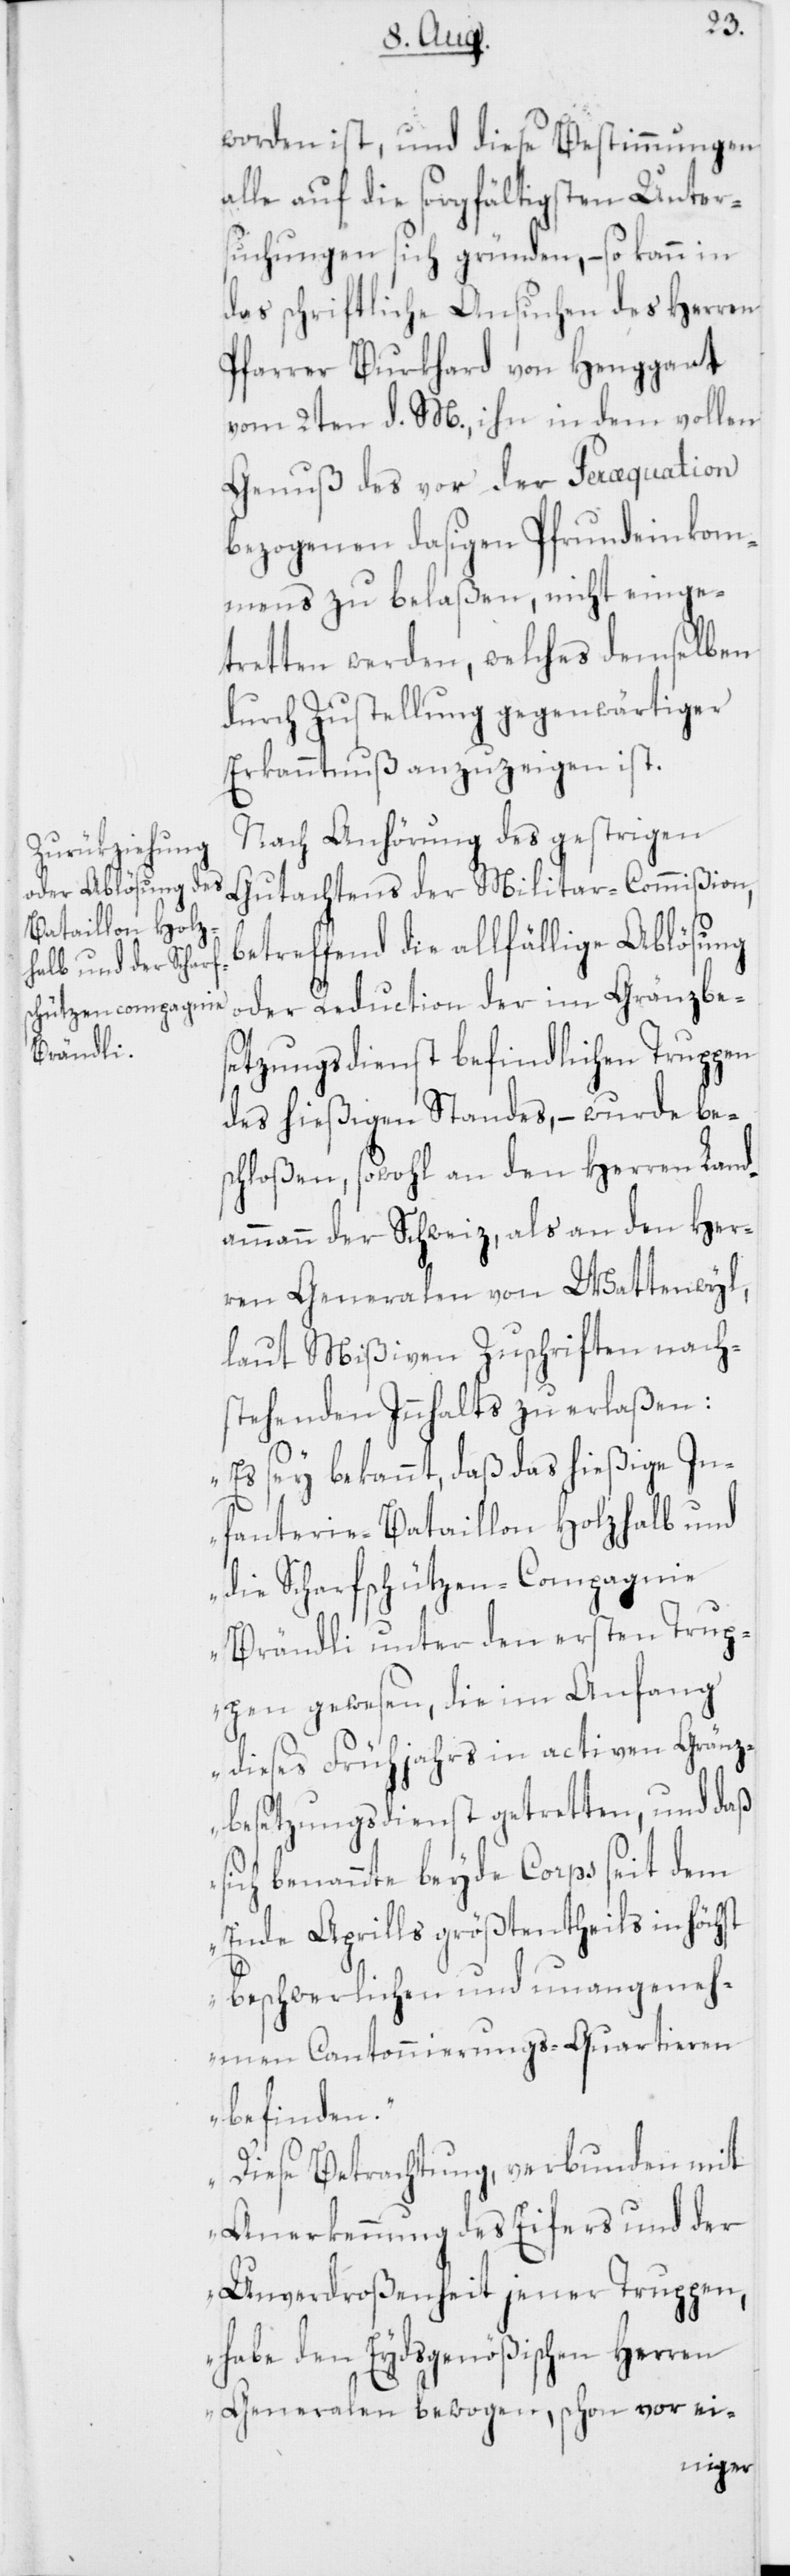
worden ist, und diese Bestimmungen
alle auf die sorgfältigsten Unter¬
suchungen sich gründen, – so kann in
das schriftliche Ansuchen des Herren
Pfarrer Burkhard von Henggart
vom 2ten d. M., ihn in dem vollen
Genuß des vor der Peræquation
bezogenen dasigen Pfrundeinkom¬
mens zu belaßen, nicht einge¬
tretten werden, welches demselben
durch Zustellung gegenwärtiger
Erkanntnuß anzuzeigen ist.
Nach Anhörung des gestrigen
Gutachtens der Militar-Commißion,
betreffend die allfällige Ablösung
oder Reduction der im Gränzbes¬
etzungsdienst befindlichen Truppen
des hießigen Standes, – wurde bes¬
chloßen, sowohl an den Herren Land¬
ammann der Schweiz, als an den Her¬
ren Generalen von Wattenwyl,
laut Mißiven Zuschriften nach¬
stehenden Innhalts zu erlaßen:
„Es sey bekannt, daß das hießige In¬
fanterie-Bataillon Holzhalb und
die Scharfschützen-Compagnie
Brändli unter den ersten Trup¬
pen gewesen, die im Anfang
dieses Frühjahrs in activen Gränz¬
besetzungsdienst getretten, und daß
sich benannte beyde Corps seit dem
Ende Aprills größtentheils in höchst
beschwerlichen und unangeneh¬
men Cantonnierungs-Quartieren
befinden.
Diese Betrachtung, verbunden mit
Anerkennung des Eifers und der
Unverdroßenheit jener Truppen,
habe den Eydsgenößischen Herren
Generalen bewogen, schon vor ei-